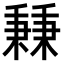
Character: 𥡝